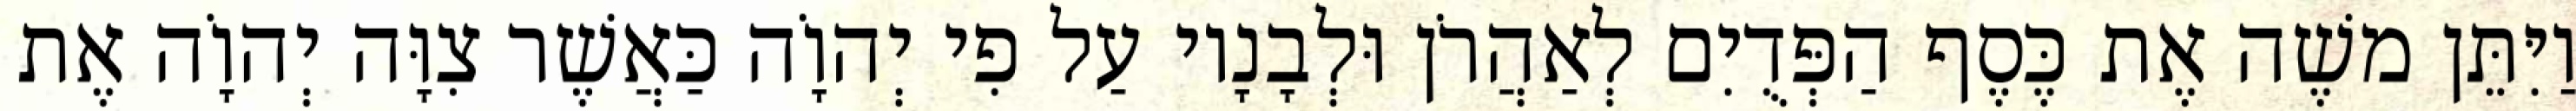
וַיִּתֵּן משֶׁה אֶת כֶּסֶף הַפְּדֻיִם לְאַהֲרֹן וּלְבָנָיו עַל פִי יְהוָֹה כַּאֲשֶׁר צִוָּה יְהוָֹה אֶת